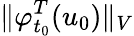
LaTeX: \Vert\varphi_{t_{0}}^{T}(u_{0})\Vert_{V}